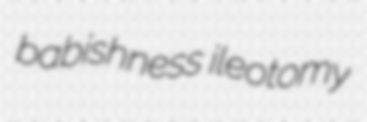
babishness ileotomy